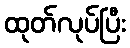
ထုတ်လုပ်ပြီး